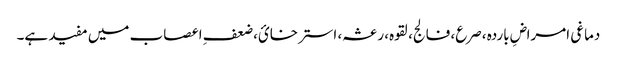
دماغی امراضِ باردہ ،صرع، فالج، لقوہ، رعشہ، استرخائ، ضعفِ اعصاب میں مفید ہے۔